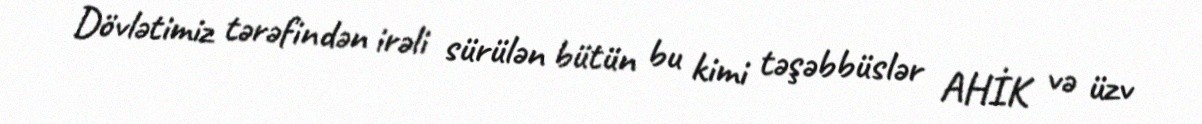
Dövlətimiz tərəfindən irəli sürülən bütün bu kimi təşəbbüslər AHİK və üzv